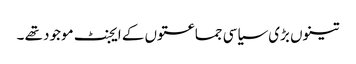
تینوں بڑی سیاسی جماعتوں کے ایجنٹ موجود تھے ۔